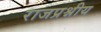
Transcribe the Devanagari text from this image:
राजप्रश्नीय